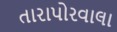
તારાપોરવાલા